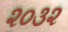
૨૦૩૨